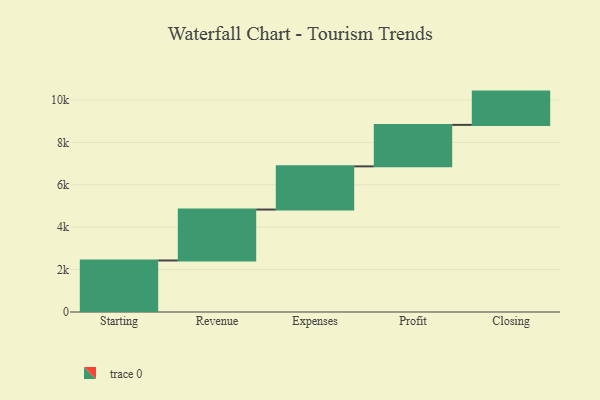
{"axis": {"x": "Step", "y": "Value"}, "legend": [""], "data": [{"x": "Starting", "y": 2431.0, "type": ""}, {"x": "Revenue", "y": 2402.0, "type": ""}, {"x": "Expenses", "y": 2038.0, "type": ""}, {"x": "Profit", "y": 1956.0, "type": ""}, {"x": "Closing", "y": 1570.0, "type": ""}]}